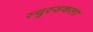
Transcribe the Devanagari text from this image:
स्युस्सकला